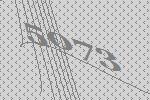
5073